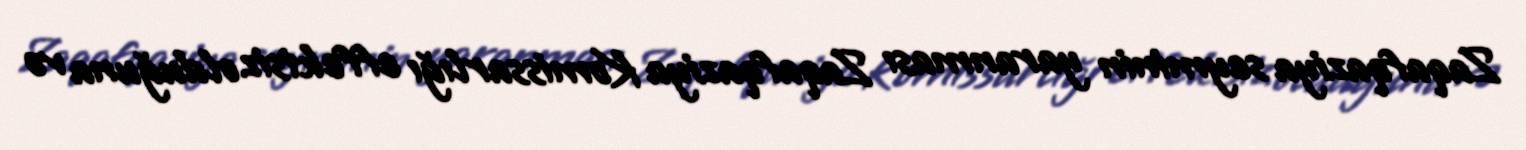
Zaqafqaziya seyminin yaranması Zaqafqaziya Komissarlığı effektsiz olduğuna və